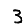
Digit: 3